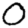
Digit: 0